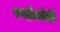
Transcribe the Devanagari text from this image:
एव्हीओडी